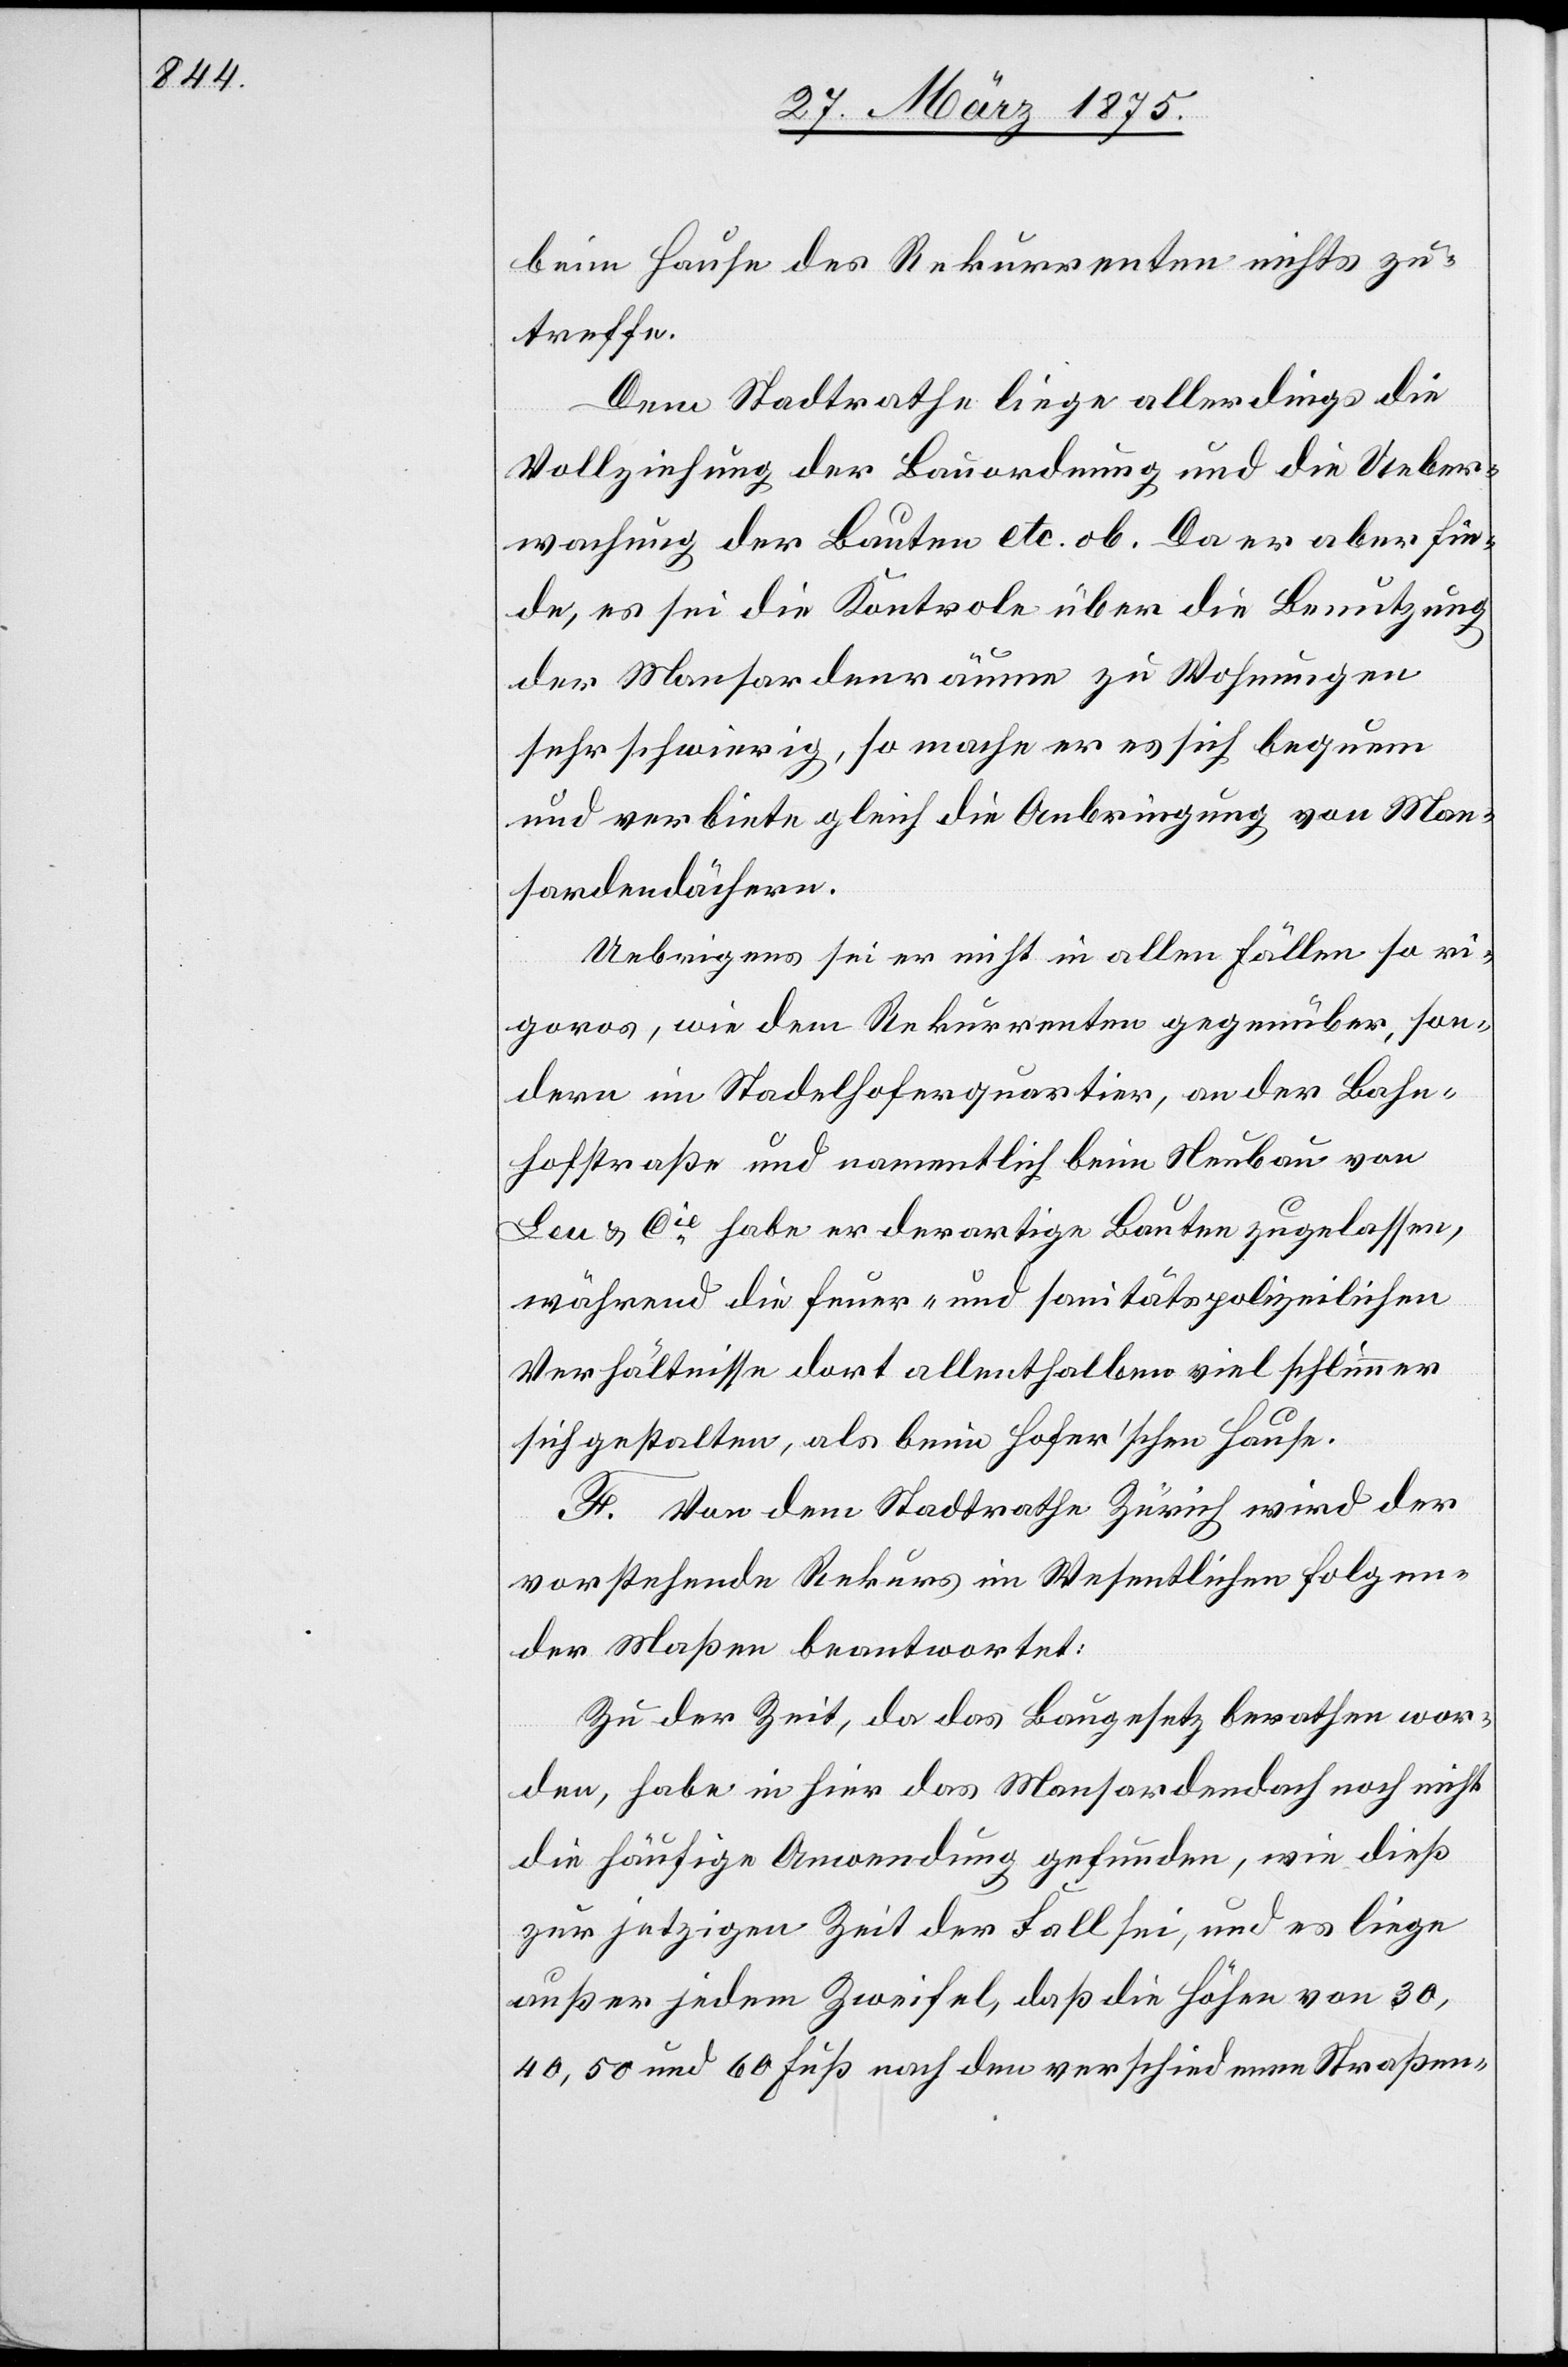
beim Hause des Rekurrenten nichts zu¬
treffe.
Dem Stadtrathe liege allerdings die
Vollziehung der Bauordnung und die Ueber¬
wachung der Bauten etc. ob. Da er aber fin¬
de, es sei die Kontrole über die Benutzung
der Mansardenräume zu Wohnungen
sehr schwierig, so mache er es sich bequem
und verbiete gleich die Anbringung von Man¬
sardendächern.
Uebrigens sei er nicht in allen Fällen so ri¬
goros, wie dem Rekurrenten gegenüber, son¬
dern im Stadelhoferquartier, an der Bahn¬
hofstraße und namentlich beim Neubau von
Leu & Cie habe er derartige Bauten zugelassen,
während die feuer- und sanitätspolizeilichen
Verhältnisse dort allenthalben viel schlimmer
sich gestalten, als beim hofer’schen Hause.
F. Von dem Stadtrathe Zürich wird der
vorstehende Rekurs im Wesentlichen folgen¬
der Maßen beantwortet:
Zu der Zeit, da das Baugesetz berathen wor¬
den, habe in hier das Mansardendach noch nicht
die häufige Anwendung gefunden, wie dieß
zur jetzigen Zeit der Fall sei, und es liege
außer jedem Zweifel, daß die Höhen von 30,
40, 50 und 60 Fuß nach den verschiedenen Straßen-